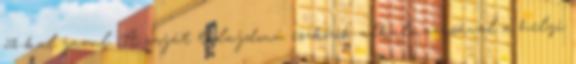
5%-kal javul. A saját tulajdonú eszközök alkalmazásával a helyi